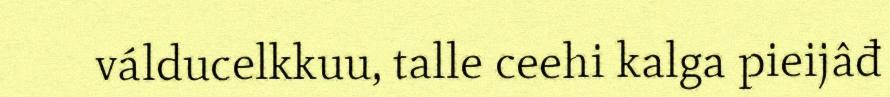
válducelkkuu, talle ceehi kalga pieijâđ